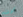
كرت